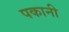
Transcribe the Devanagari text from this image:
पकानी